Report of the Indian Hemp Drugs Commission, 1894-1895 - Volume V
Year: 1894
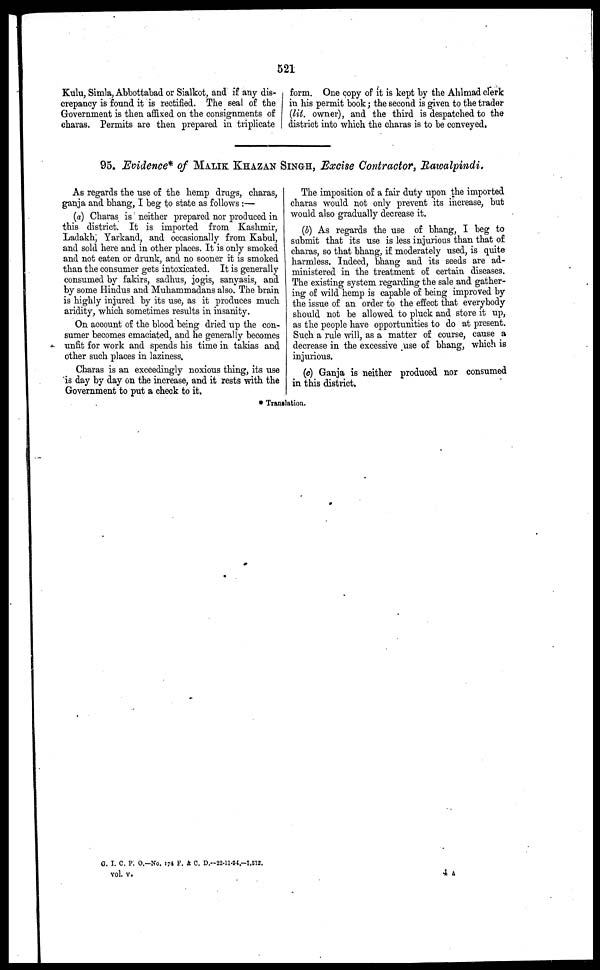
521
Kulu, Simla, Abbottabad or Sialkot, and if any dis-
crepancy is found it is rectified. The seal of the
Government is then affixed on the consignments of
charas. Permits are then prepared in triplicate
form. One copy of it is kept by the Ahlmad clerk
in his permit book; the second is given to the trader
(lit. owner), and the third is despatched to the
district into which the charas is to be conveyed.
95. Evidence* of MALIK KHAJAN SINGH, Excise Contractor, Rawalpindi.
As regards the use of the hemp drugs, charas,
ganja and bhang, I beg to state as follows :—
(a) Charas is neither prepared nor produced in
this district. It is imported from Kashmir,
Ladakh, Yarkand, and occasionally from Kabul,
and sold here and in other places. It is only smoked
and not eaten or drunk, and no sooner it is smoked
than the consumer gets intoxicated. It is generally
consumed by fakirs, sadhus, jogis, sanyasis, and
by some Hindus and Muhammadans also. The brain
is highly injured by its use, as it produces much
aridity, which sometimes results in insanity.
On account of the blood being dried up the con-
sumer becomes emaciated, and he generally becomes
unfit for work and spends his time in takias and
other such places in laziness.
Charas is an exceedingly noxious thing, its use
is day by day on the increase, and it rests with the
Government to put a check to it.
The imposition of a fair duty upon the imported
charas would not only prevent its increase, but
would also gradually decrease it.
(b) As regards the use of bhang, I beg to
submit that its use is less injurious than that of
charas, so that bhang, if moderately used, is quite
harmless. Indeed, bhang and its seeds are ad-
ministered in the treatment of certain diseases.
The existing system regarding the sale and gather-
ing of wild hemp is capable of being improved by
the issue of an order to the effect that everybody
should not be allowed to pluck and store it up,
as the people have opportunities to do at present.
Such a rule will, as a matter of course, cause a
decrease in the excessive use of bhang, which is
injurious.
(c) Ganja is neither produced nor consumed
in this district.
* Translation.
G. I. C. P. O.-No. 174 F. 4 C. D.—22-11-94.—1,512.
vol. v.
4